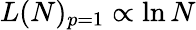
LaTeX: L(N)_{p=1}\propto\ln{N}